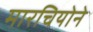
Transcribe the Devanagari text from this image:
मारचियोने